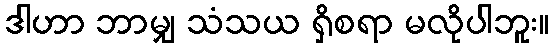
ဒါဟာ ဘာမျှ သံသယ ရှိစရာ မလိုပါဘူး။